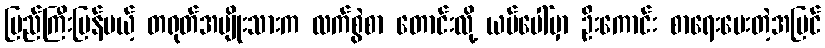
ပြည်ကြီးပြန်မယ့် တရုတ်အမျိုးသားက လက်စွဲစာ တောင်းလို့ ယပ်ပေါ်မှာ ဦးကောင်း စာရေးပေးတဲ့အပြင်